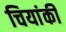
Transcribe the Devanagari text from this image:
चियांकी